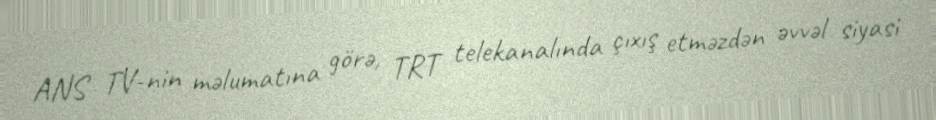
ANS TV-nin məlumatına görə, TRT telekanalında çıxış etməzdən əvvəl siyasi